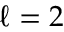
\ell = 2